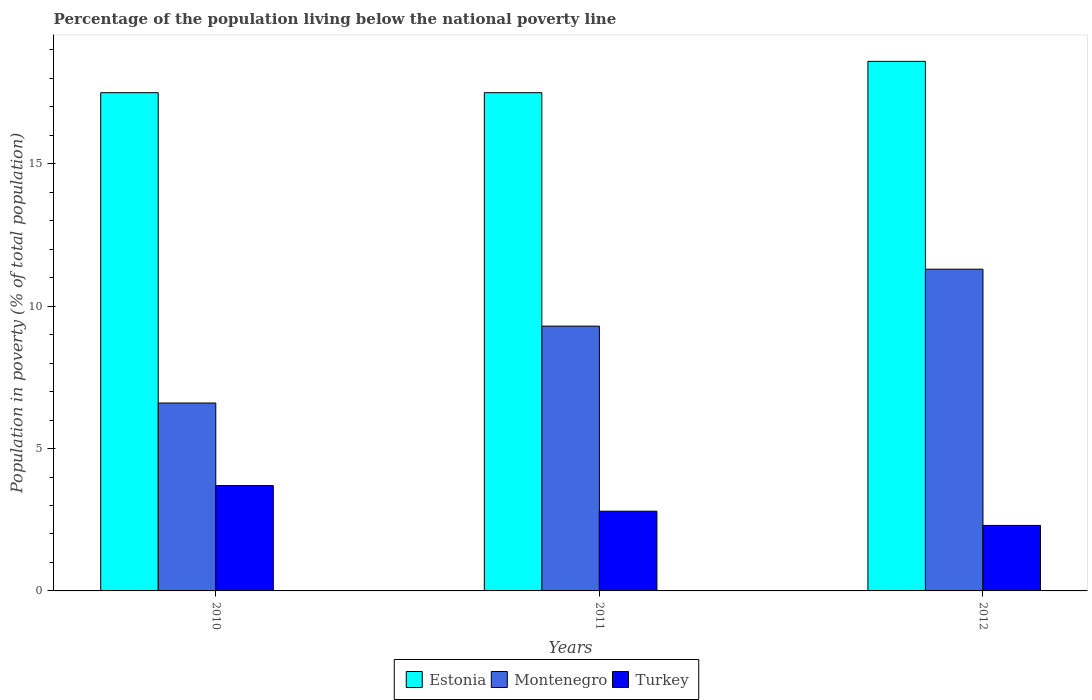
| Years | Estonia | Montenegro | Turkey |
 | --- | --- | --- | --- |
 | 2010 | 17.5 | 6.6 | 3.7 |
 | 2011 | 17.5 | 9.3 | 2.8 |
 | 2012 | 18.6 | 11.3 | 2.3 |